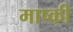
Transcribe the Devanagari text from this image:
माष्की